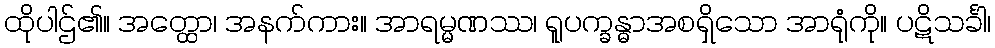
ထိုပါဌ်၏။ အတ္ထော၊ အနက်ကား။ အာရမ္မဏဿ၊ ရူပက္ခန္ဓာအစရှိသော အာရုံကို။ ပဋိသင်္ခါ၊